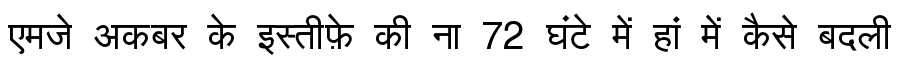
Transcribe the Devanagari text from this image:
एमजे अकबर के इस्तीफ़े की ना 72 घंटे में हां में कैसे बदली